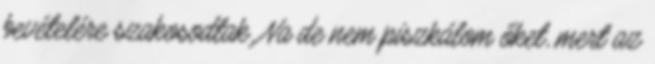
bevételére szakosodtak. Na de nem piszkálom őket, mert az